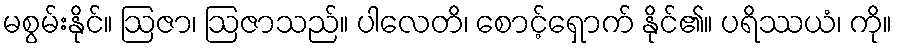
မစွမ်းနိုင်။ ဩဇာ၊ ဩဇာသည်။ ပါလေတိ၊ စောင့်ရှောက် နိုင်၏။ ပရိဿယံ၊ ကို။